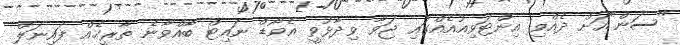
"ސަން"އަށް ދެއްވި އިންޓަވިއުއެއްގައި ޖަވާ ވިދާޅުވީ އެވޯޑް ނައިޓް ބާއްވާނެ ތާރީޚެއް ފައިނަލް